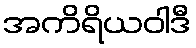
အကိရိယဝါဒီ